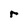
Character: r